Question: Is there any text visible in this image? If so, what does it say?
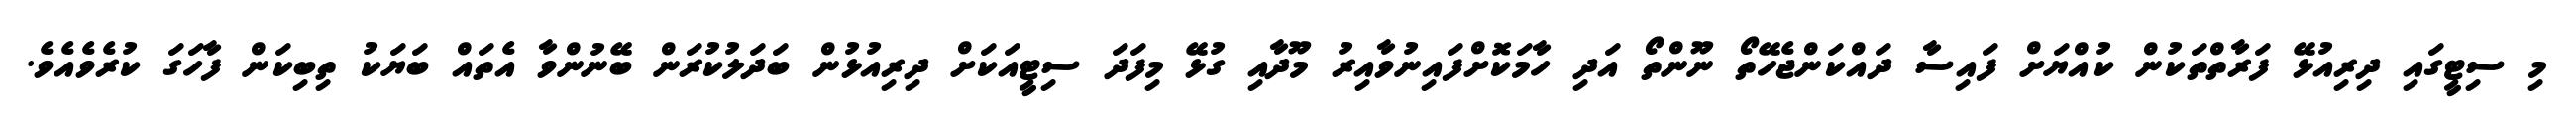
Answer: މި ސިޓީގައި ދިރިއުޅޭ ފަރާތްތަކުން ކުއްޔަށް ފައިސާ ދައްކަންޖެހޭތޯ ނޫންތޯ އަދި ހާމަކޮށްފައިނުވާއިރު މޫދާއި ގުޅޭ މިފަދަ ސިޓީއަކަށް ދިރިއުޅުން ބަދަލުކުރަން ބޭނުންވާ އެތައް ބަޔަކު ތިބިކަން ފާހަގަ ކުރެވެއެވެ.